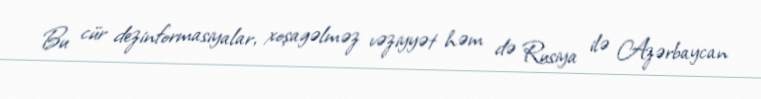
Bu cür dezinformasiyalar, xoşagəlməz vəziyyət həm də Rusiya ilə Azərbaycan